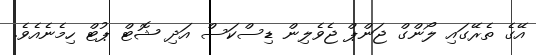
އޭގެ ތެރޭގައި ލޯންގް ޖަންޕް ޖެވެލިން ޑިސްކަސް އަދި ޝޮޓް ޕުޓް ހިމެނެއެވެ.